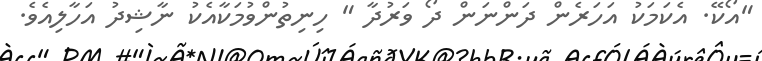
"އޯކޭ. އެކަމަކު އަހަރެން ދަންނަން ދޯ ވަރުދާ " ހިނިތުންވުމަކާއެކު ނާޝިދު އަހާލިއެވެ.